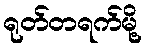
ရုတ်တရက်မို့